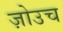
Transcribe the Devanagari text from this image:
ज़ोउच